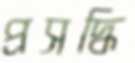
প্রসদ্ধি